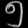
Digit: ၅